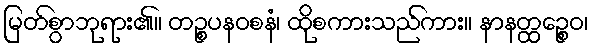
မြတ်စွာဘုရား၏။ တဉ္စပနဝစနံ၊ ထိုစကားသည်ကား။ နာနတ္ထဉ္စေဝ၊